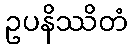
ဥပနိဿိတံ